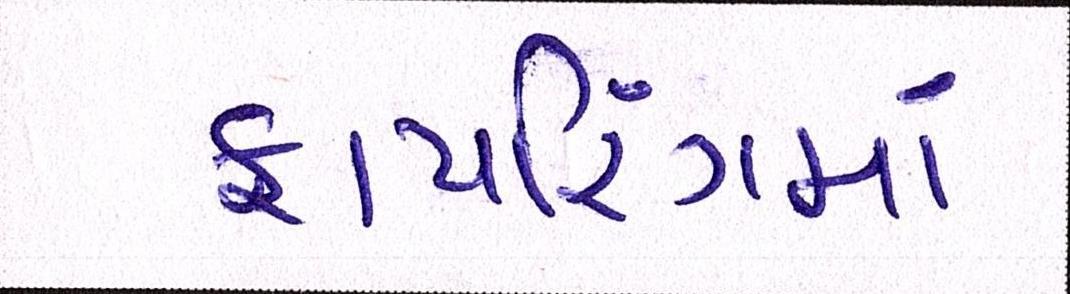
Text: ફાયરિંગમાં